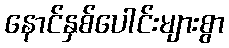
နောင်နှစ်ပေါင်းများစွာ